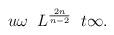
LaTeX: \begin{align*}u\- \omega\;\; L^{\frac{2n}{n-2}}\; \; t \-\infty.\end{align*}